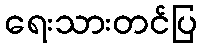
ရေးသားတင်ပြ